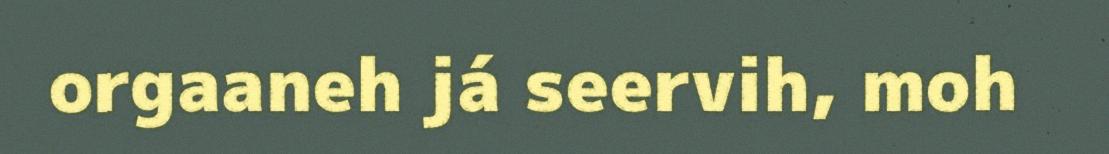
orgaaneh já seervih, moh